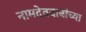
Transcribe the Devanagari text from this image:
नामदेवबाबांच्या